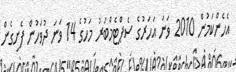
އެހެންކަމުން 2010 ވަނަ އަހަރުގެ ސެޕްޓެމްބަރު މަހުގެ 14 ވަނަ ދުވަހުން ފެށިގެން